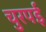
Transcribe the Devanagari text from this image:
चुरपई